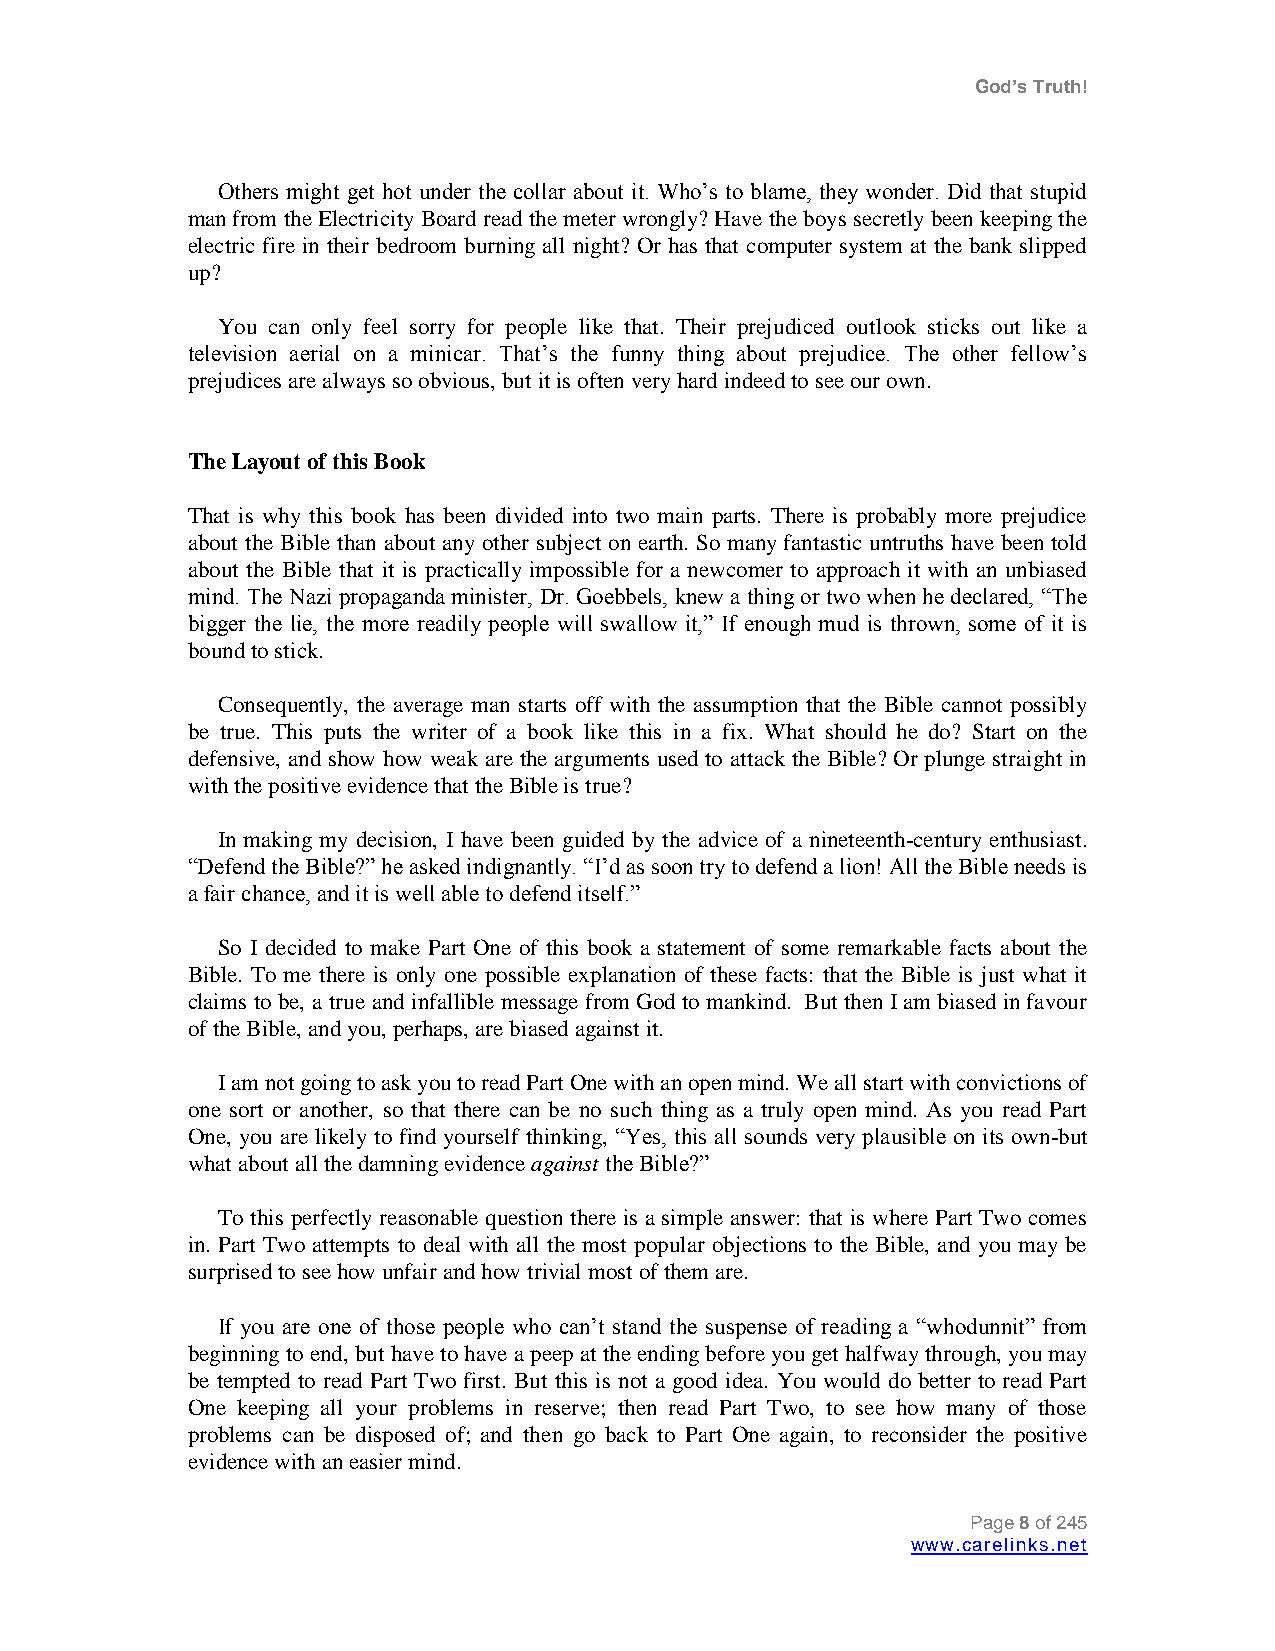
God’s Truth!
 Others might get hot under the collar about it. Who‟s to blame, they wonder. Did that stupid
 man from the Electricity Board read the meter wrongly? Have the boys secretly been keeping the
 electric fire in their bedroom burning all night? Or has that computer system at the bank slipped
 up?
 You can only feel sorry for people like that. Their prejudiced outlook sticks out like a
 television aerial on a minicar. That‟s the funny thing about prejudice. The other fellow‟s
 prejudices are always so obvious, but it is often very hard indeed to see our own.
 The Layout of this Book
 That is why this book has been divided into two main parts. There is probably more prejudice
 about the Bible than about any other subject on earth. So many fantastic untruths have been told
 about the Bible that it is practically impossible for a newcomer to approach it with an unbiased
 mind. The Nazi propaganda minister, Dr. Goebbels, knew a thing or two when he declared, “The
 bigger the lie, the more readily people will swallow it,” If enough mud is thrown, some of it is
 bound to stick.
 Consequently, the average man starts off with the assumption that the Bible cannot possibly
 be true. This puts the writer of a book like this in a fix. What should he do? Start on the
 defensive, and show how weak are the arguments used to attack the Bible? Or plunge straight in
 with the positive evidence that the Bible is true?
 In making my decision, I have been guided by the advice of a nineteenth-century enthusiast.
 “Defend the Bible?” he asked indignantly. “I‟d as soon try to defend a lion! All the Bible needs is
 a fair chance, and it is well able to defend itself.”
 So I decided to make Part One of this book a statement of some remarkable facts about the
 Bible. To me there is only one possible explanation of these facts: that the Bible is just what it
 claims to be, a true and infallible message from God to mankind. But then I am biased in favour
 of the Bible, and you, perhaps, are biased against it.
 I am not going to ask you to read Part One with an open mind. We all start with convictions of
 one sort or another, so that there can be no such thing as a truly open mind. As you read Part
 One, you are likely to find yourself thinking, “Yes, this all sounds very plausible on its own-but
 what about all the damning evidence against the Bible?”
 To this perfectly reasonable question there is a simple answer: that is where Part Two comes
 in. Part Two attempts to deal with all the most popular objections to the Bible, and you may be
 surprised to see how unfair and how trivial most of them are.
 If you are one of those people who can‟t stand the suspense of reading a “whodunnit” from
 beginning to end, but have to have a peep at the ending before you get halfway through, you may
 be tempted to read Part Two first. But this is not a good idea. You would do better to read Part
 One keeping all your problems in reserve; then read Part Two, to see how many of those
 problems can be disposed of; and then go back to Part One again, to reconsider the positive
 evidence with an easier mind.
 Page 8 of 245
 www.carelinks.net